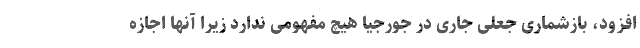
افزود، بازشماری جعلی جاری در جورجیا هیچ مفهومی ندارد زیرا آنها اجازه